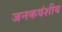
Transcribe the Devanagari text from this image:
जनकवंशीय